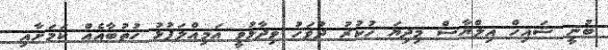
ބުނީ ޝައިހް އިލްޔާސް މިދިޔަ ހުކުރު ދުވަހު ވިދާޅުވީ އަމިއްލަފުޅު ހުތުބާއެއް ކަމަށާއި